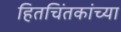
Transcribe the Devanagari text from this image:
हितचिंतकांच्या